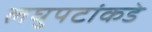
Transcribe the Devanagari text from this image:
लघुपटांकडे